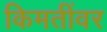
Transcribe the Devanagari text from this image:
किमतींवर